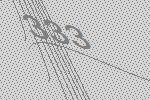
333